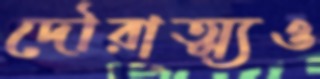
দৌরাত্ম্যও